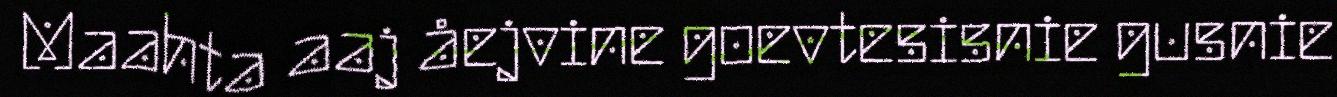
Maahta aaj åejvine goevtesisnie gusnie